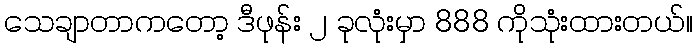
သေချာတာကတော့ ဒီဖုန်း ၂ ခုလုံးမှာ 888 ကိုသုံးထားတယ်။